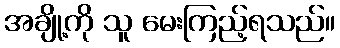
အချို့ကို သူ မေးကြည့်ရသည်။